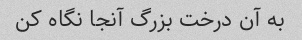
به آن درخت بزرگ آنجا نگاه کن